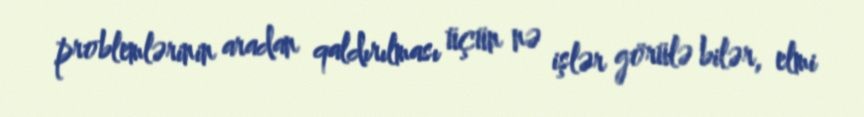
problemlərinin aradan qaldırılması üçün nə işlər görülə bilər, elmi